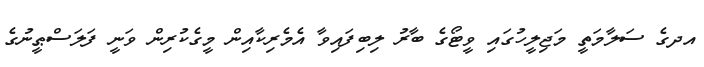
އދގެ ސަލާމަތީ މަޖިލީހުގައި ވީޓޯގެ ބާރު ލިބިފައިވާ އެމެރިކާއިން މީގެކުރިން ވަނީ ފަލަސްޠީނުގެ